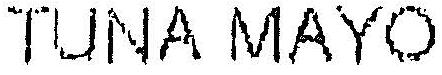
TUNA MAYO